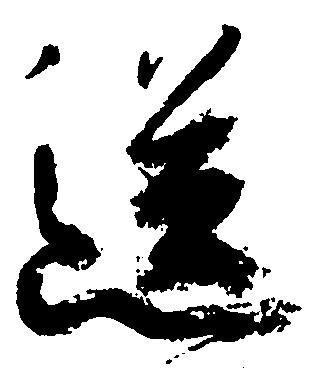
送